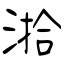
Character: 湁